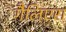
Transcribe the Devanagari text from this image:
गैलिएरा